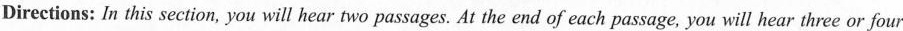
Directions:In this section,you will hear two passages.At the end of each passage,you will hear three or four